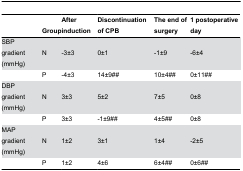
<table><thead><tr><td></td><td><b>Group</b></td><td><b>After induction</b></td><td><b>Discontinuation of CPB</b></td><td><b>The end of surgery</b></td><td><b>1 postoperative day</b></td></tr></thead><tbody><tr><td>SBP gradient (mmHg)</td><td>N</td><td>-3±3</td><td>0±1</td><td>-1±9</td><td>-6±4</td></tr><tr><td></td><td>P</td><td>-4±3</td><td>14±9##</td><td>10±4##</td><td>0±11##</td></tr><tr><td>DBP gradient (mmHg)</td><td>N</td><td>3±3</td><td>5±2</td><td>7±5</td><td>0±8</td></tr><tr><td></td><td>P</td><td>3±3</td><td>-1±9##</td><td>4±5##</td><td>0±8</td></tr><tr><td>MAP gradient (mmHg)</td><td>N</td><td>1±2</td><td>3±1</td><td>1±4</td><td>-2±5</td></tr><tr><td></td><td>P</td><td>1±2</td><td>4±6</td><td>6±4##</td><td>0±6##</td></tr></tbody></table>